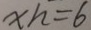
x h = 6